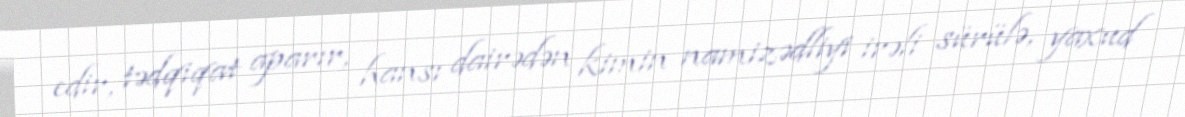
edir, tədqiqat aparır, hansı dairədən kimin namizədliyi irəli sürülə, yaxud